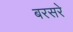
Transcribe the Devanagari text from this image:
बरसरे